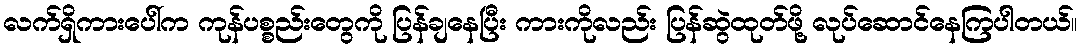
လက်ရှိကားပေါ်က ကုန်ပစ္စည်းတွေကို ပြန်ချနေပြီး ကားကိုလည်း ပြန်ဆွဲထုတ်ဖို့ လုပ်ဆောင်နေကြပါတယ်။